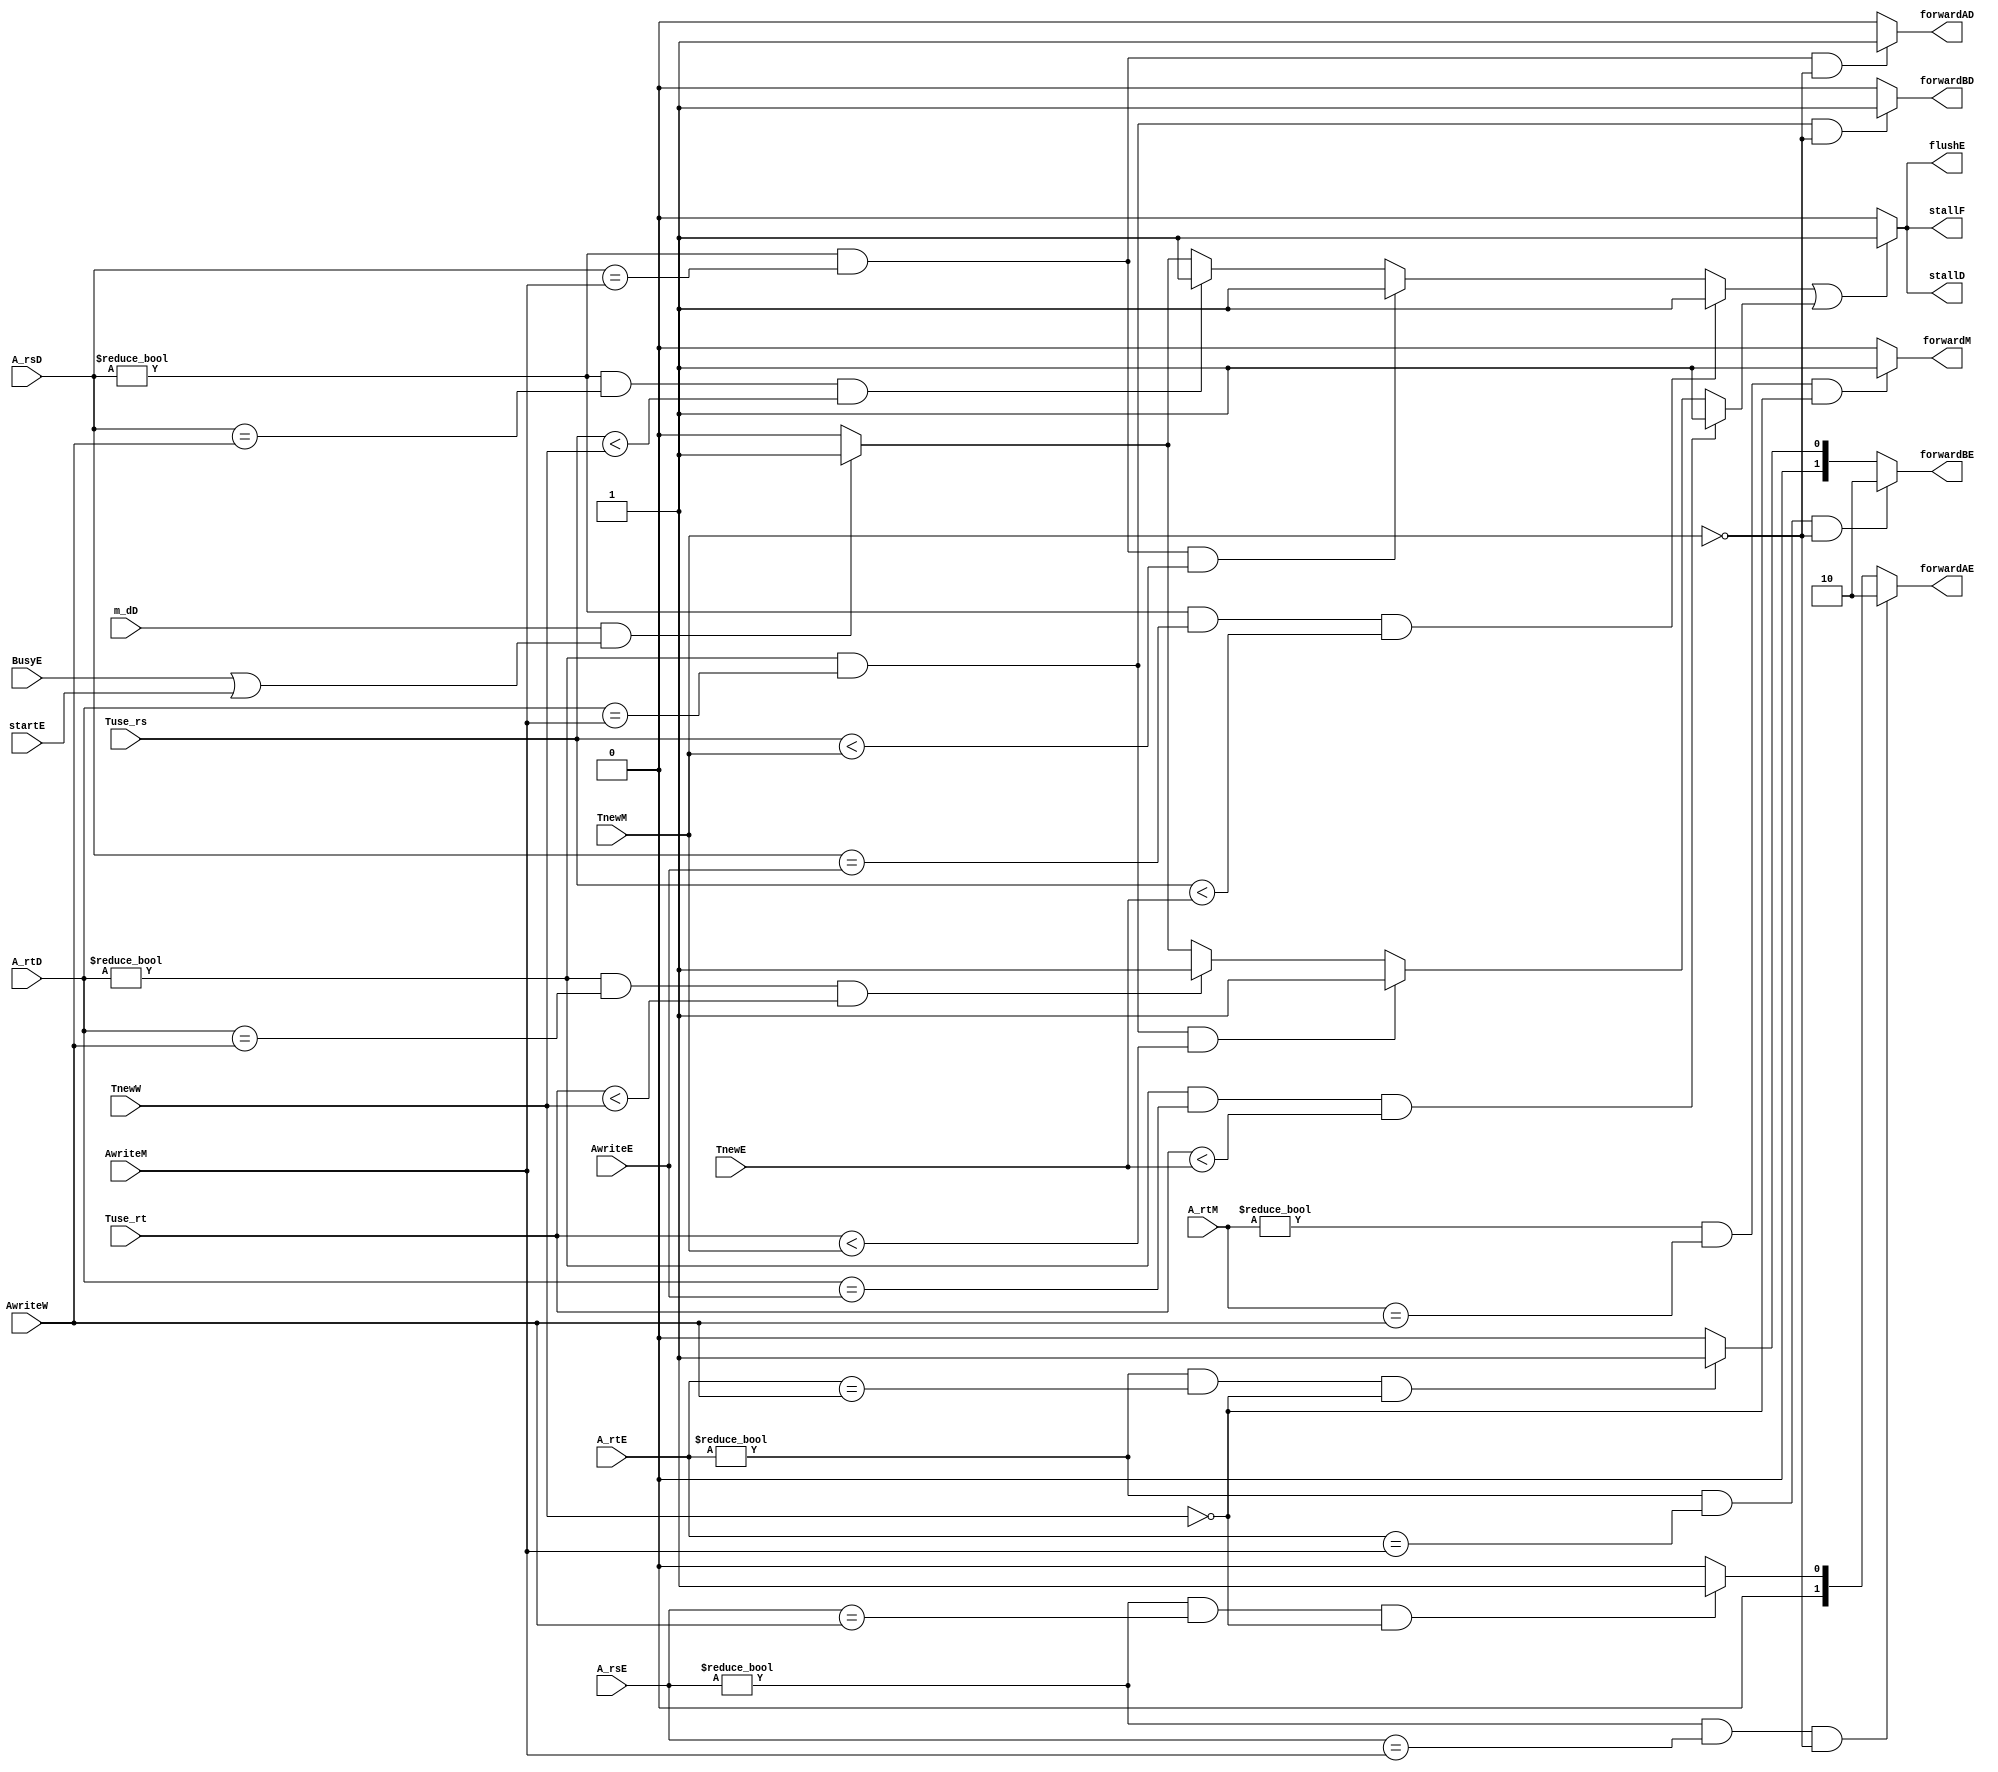
`timescale 1ns / 1ps
//////////////////////////////////////////////////////////////////////////////////
// Company: 
// Engineer: 
// 
// Design Name: 
// Module Name:    Unit 
// Project Name: 
// Target Devices: 
// Tool versions: 
// Description: 
//
// Dependencies: 
//
// Revision: 
// Revision 0.01 - File Created
// Additional Comments: 
//
//////////////////////////////////////////////////////////////////////////////////
module Unit(
    input [1:0] Tuse_rs,
    input [1:0] Tuse_rt,
    input [1:0] TnewE,
    input [1:0] TnewM,
    input [1:0] TnewW,
    input [4:0] A_rsD,
    input [4:0] A_rtD,
    input [4:0] A_rsE,
    input [4:0] A_rtE,
	input [4:0] A_rtM,
	input [4:0] AwriteE,
    input [4:0] AwriteM,
    input [4:0] AwriteW,
	input startE,
	input BusyE,
	input m_dD,
    output reg stallF,
    output reg stallD,
	output reg flushE,
    output reg forwardAD,
    output reg forwardBD,
    output reg [1:0] forwardAE,
    output reg [1:0] forwardBE,
    output reg forwardM
    );
	 reg stop_rs,stop_rt;
	 initial 
		begin
			forwardAD=1'b0;
			forwardBD=1'b0;
			forwardAE=2'b00;
			forwardBE=2'b00;
			forwardM=1'b0;
			stop_rs=1'b0;
			stop_rt=1'b0;
			stallF=1'b0;
			stallD=1'b0;
			flushE=1'b0;
		end
	always@(*)
		begin
				//stop D
			if((A_rsD!=5'd0)&&(A_rsD==AwriteE)&&Tuse_rs<TnewE)
				stop_rs=1'b1;
			else if((A_rsD!=5'd0)&&(A_rsD==AwriteM)&&Tuse_rs<TnewM)
				stop_rs=1'b1;
			else if((A_rsD!=5'd0)&&(A_rsD==AwriteW)&&Tuse_rs<TnewW)
				stop_rs=1'b1;
			else if(m_dD&&(BusyE||startE))
				stop_rs=1'b1;
			else 
				stop_rs=1'b0;
				
			if((A_rtD!=5'd0)&&(A_rtD==AwriteE)&&Tuse_rt<TnewE)
				stop_rt=1'b1;
			else if((A_rtD!=5'd0)&&(A_rtD==AwriteM)&&Tuse_rt<TnewM)
				stop_rt=1'b1;
			else if((A_rtD!=5'd0)&&(A_rtD==AwriteW)&&Tuse_rt<TnewW)
				stop_rt=1'b1;
			else if(m_dD&&(BusyE||startE))
				stop_rt=1'b1;
			else 
				stop_rt=1'b0;
				//
			//D
			if((A_rsD!=5'd0)&&(A_rsD==AwriteM)&&TnewM==2'b00)
				forwardAD=1'b1;
			else 
				forwardAD=1'b0;
				
			if((A_rtD!=5'd0)&&(A_rtD==AwriteM)&&TnewM==2'b00)
				forwardBD=1'b1;
			else 
				forwardBD=1'b0;
			//E
			if((A_rsE!=5'd0)&&(A_rsE==AwriteM)&&TnewM==2'b00)
				forwardAE=2'b10;
			else if((A_rsE!=5'd0)&&(A_rsE==AwriteW)&&TnewW==2'b00)
				forwardAE=2'b01;
			else 
				forwardAE=2'b00;
			
			if((A_rtE!=5'd0)&&(A_rtE==AwriteM)&&TnewM==2'b00)
				forwardBE=2'b10;
			else if((A_rtE!=5'd0)&&(A_rtE==AwriteW)&&TnewW==2'b00)
				forwardBE=2'b01;
			else 
				forwardBE=2'b00;
			//M
			if((A_rtM!=5'd0)&&(A_rtM==AwriteW)&&TnewW==2'b00)
				forwardM=1'b1;
			else 
				forwardM=1'b0;
			//stop
			stallF=((stop_rs==1'b1)||(stop_rt==1'b1))?1'b1:1'b0;
			stallD=((stop_rs==1'b1)||(stop_rt==1'b1))?1'b1:1'b0;
			flushE=((stop_rs==1'b1)||(stop_rt==1'b1))?1'b1:1'b0;	
		end
endmodule